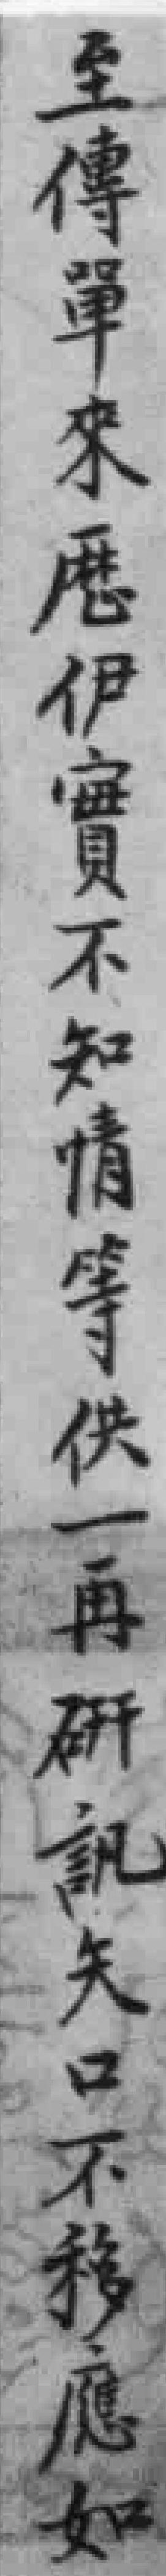
至傳單來厯伊實不知情等供一再研訊矢口不移應如